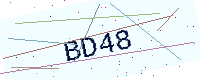
Text: BD48